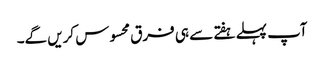
آپ پہلے ہفتے سے ہی فرق محسوس کریں گے۔